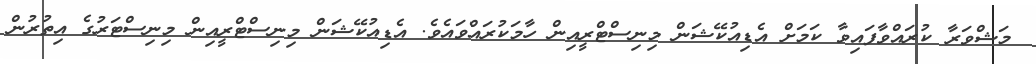
މަޝްވަރާ ކުރައްވާފައިވާ ކަމަށް އެޑިއުކޭޝަން މިނިސްޓްރީއިން ހާމަކުރައްވައެވެ. އެޑިއުކޭޝަން މިނިސްޓްރީއިން މިނިސްޓަރުގެ އިތުރުން